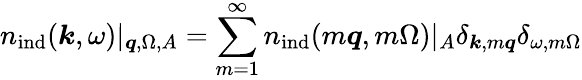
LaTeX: {n}_{\mathrm{ind}}(\boldsymbol{k},\omega)|_{\boldsymbol{q},\Omega,A}=\sum_{m=1}^{\infty}{n}_{\mathrm{ind}}(m\boldsymbol{q},m\Omega)|_{A}\delta_{\boldsymbol{k},m\boldsymbol{q}}\delta_{\omega,m\Omega}